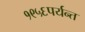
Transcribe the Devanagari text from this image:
१९५६पर्यन्त